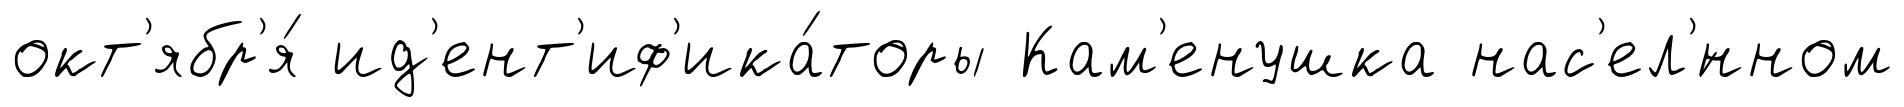
окт'ябр'я́ ид'ент'иф'ика́торы Кам'енушка нас'ел'́нном